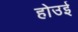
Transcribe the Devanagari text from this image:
होउई